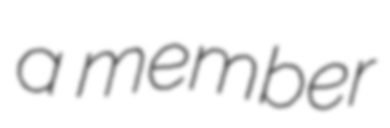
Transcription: a member